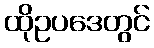
ထိုဥပဒေတွင်